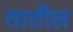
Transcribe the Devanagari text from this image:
तातील